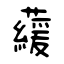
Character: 藧